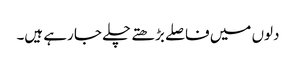
دلوں میں فاصلے بڑھتے چلے جا رہے ہیں۔